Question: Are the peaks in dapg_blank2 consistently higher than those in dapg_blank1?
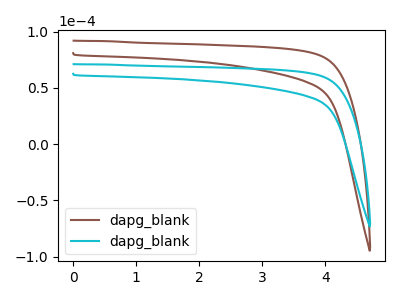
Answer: <think>The brown curve "dapg_blank1" has no peaks. The cyan curve "dapg_blank2" has no peaks.</think>
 <answer>Niether CV has any peaks.</answer>
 <eval>blanks</eval>